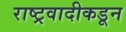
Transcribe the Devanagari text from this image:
राष्ट्रवादीकडून